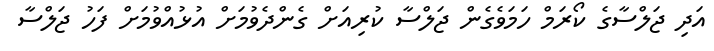
އަދި ޖަލްސާގެ ކޯރަމް ހަމަވެގެން ޖަލްސާ ކުރިއަށް ގެންދެވުމަށް އުޅުއްވުމަށް ފަހު ޖަލްސާ